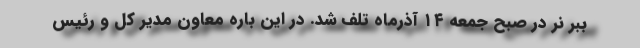
ببر نر در صبح جمعه ۱۴ آذرماه تلف شد. در این باره معاون مدیر کل و رئیس